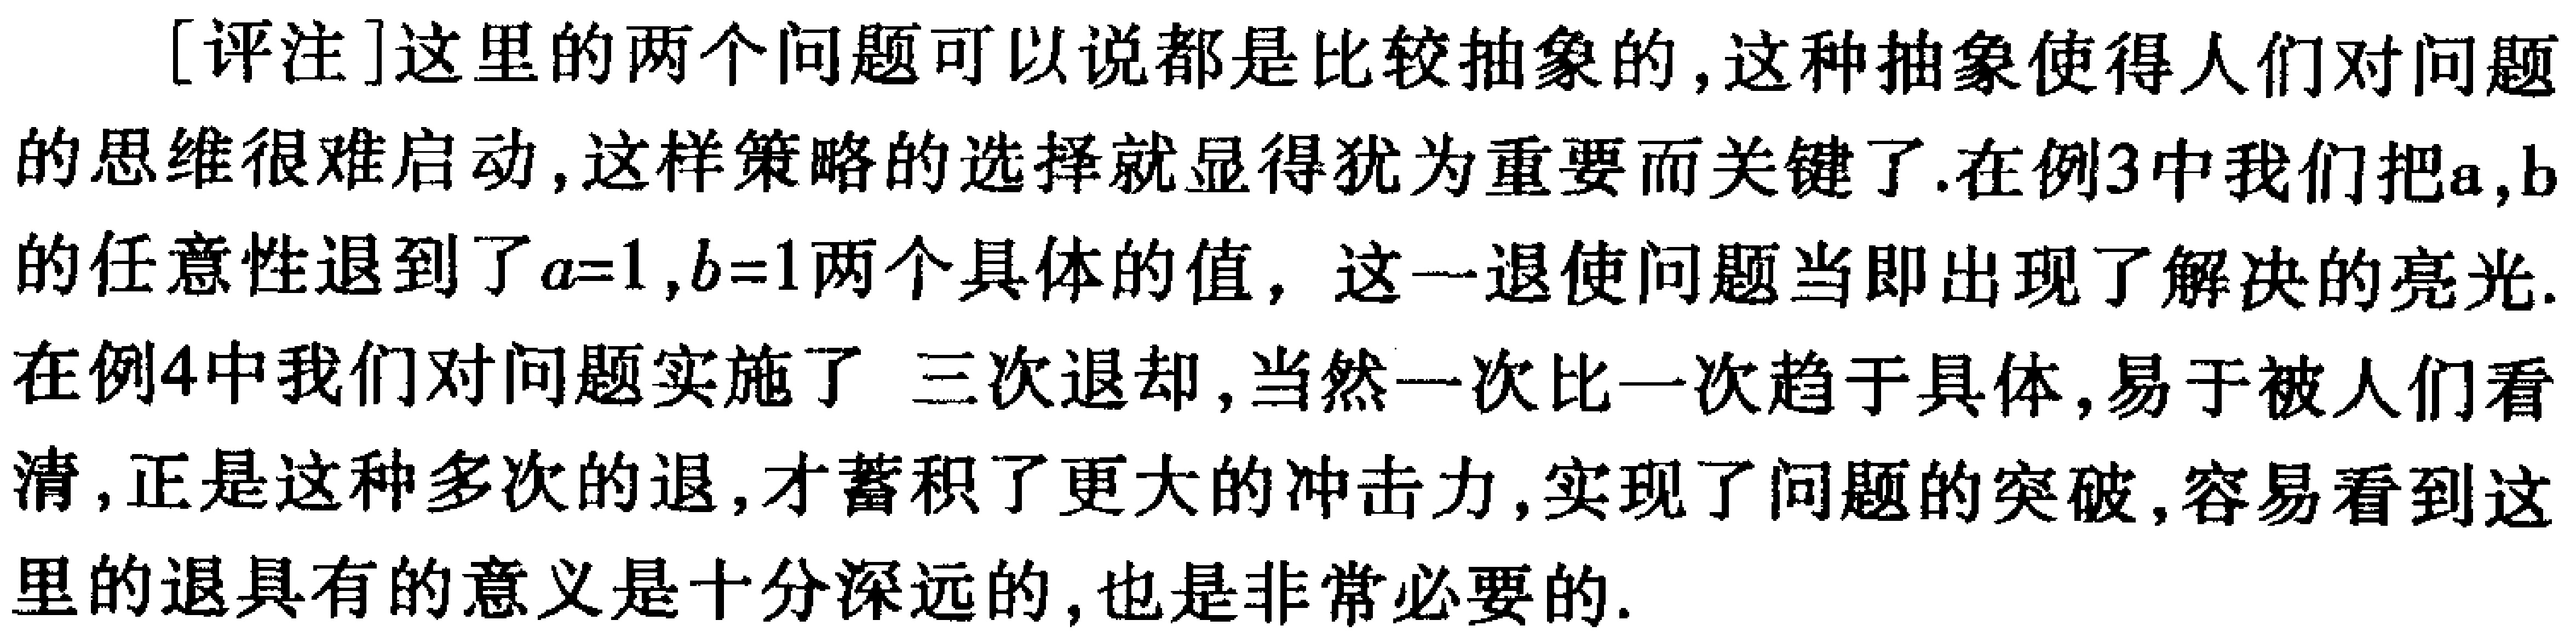
[评注]这里的两个问题可以说都是比较抽象的,这种抽象使得人们对问题的思维很难启动,这样策略的选择就显得犹为重要而关键了.在例3中我们把\(a,b\)的任意性退到了\(a = 1,b = 1\)两个具体的值，这一退使问题当即出现了解决的亮光.在例4中我们对问题实施了 三次退却,当然一次比一次趋于具体,易于被人们看清,正是这种多次的退,才蓄积了更大的冲击力,实现了问题的突破,容易看到这里的退具有的意义是十分深远的,也是非常必要的.